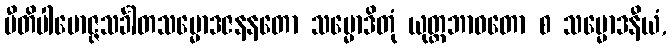
ပီတိပါမောဇ္ဇသင်္ခါတသမ္မောဒဇနနတော သမ္မောဒိတုံ ယုတ္တဘာဝတော စ သမ္မောဒနီယံ,